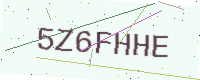
Text: 5Z6FHHE